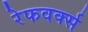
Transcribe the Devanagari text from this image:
रेफवर्क्स